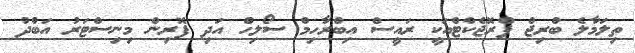
ތިލަމާލެ ބްރިޖް ޕްރޮޖެކްޓްއަކީ ރައީސް އިބްރާހިމް ސޯލިހް އަދި ފޮރިން މިނިސްޓަރު އަބްދު